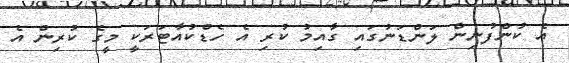
އެ ކުންފުނިން ލަންޑަނުގައި ގާއިމު ކުރި އެ ހެޑްކުއާޓަރަކީ މީގެ ކުރިން އެ